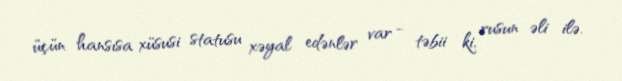
üçün hansısa xüsusi statusu xəyal edənlər var - təbii ki, rusun əli ilə.